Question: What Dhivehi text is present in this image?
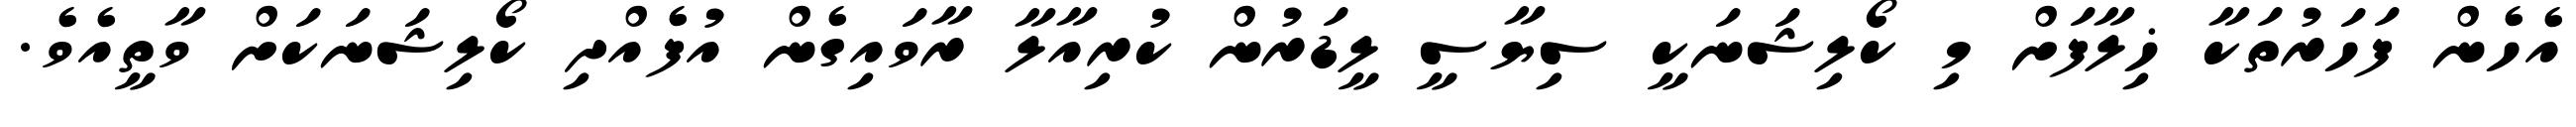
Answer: އެހެން ފަހަރުތަކާ ޚިލާފަށް މި ކޯލިޝަނަކީ ސިޔާސީ ލީޑަރުން ކުރިއާލާ ރާވައިގެން އުފެއްދި ކޯލިޝަނަކަށް ވާތީއެވެ.